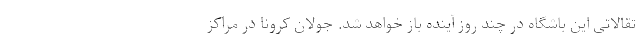
تقالاتی این باشگاه در چند روز آینده باز خواهد شد. جولان کرونا در مراکز